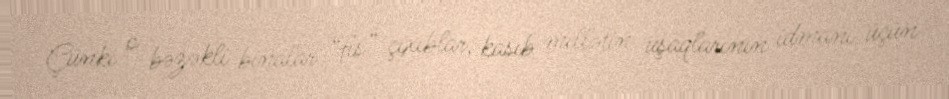
Çünki o bəzəkli binalar “fıs” çıxıblar, kasıb millətin uşaqlarının idmanı üçün